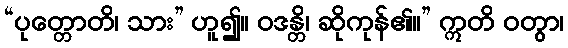
“ပုတ္တောတိ၊ သား” ဟူ၍။ ဝဒန္တိ၊ ဆိုကုန်၏။” ဣတိ ဝတွာ၊